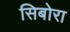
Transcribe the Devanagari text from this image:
सिबोरा